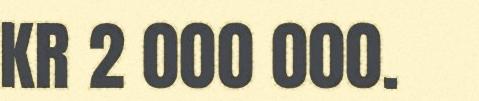
KR 2 000 000.